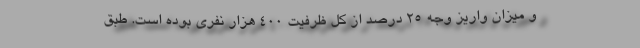
و میزان واریز وجه ۲۵ درصد از کل ظرفیت ۴۰۰ هزار نفری بوده است. طبق